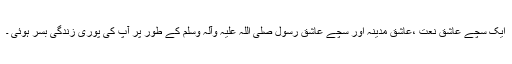
ایک سچے عاشق نعت ،عاشق مدینہ اور سچے عاشق رسول صلی اللہ علیہ وآلہ وسلم کے طور پر آپ کی پوری زندگی بسر ہوئی ۔